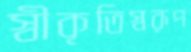
স্বীকৃতিস্বরূপ